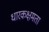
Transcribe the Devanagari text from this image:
धारकक्षमता